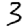
Digit: 3